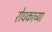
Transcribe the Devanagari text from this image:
रोधकाच्या